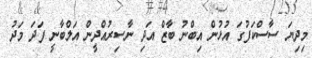
މިދިޔަ ސާސްކަފުގަ އުޅުން އިބްނު ބާޒް އަދި ނާސިރުއްދީން އަލްބާނީ ފަދަ މަދު